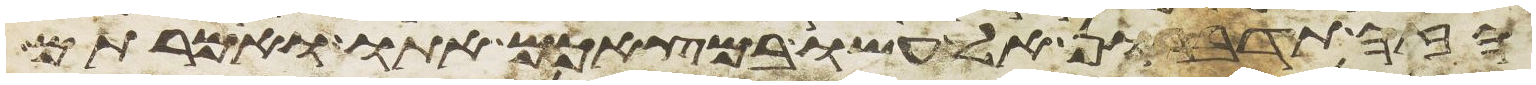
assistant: הזה תדברון אל עשו במצאכם אתו ואמרתם